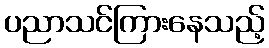
ပညာသင်ကြားနေသည့်